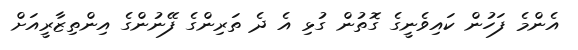
އެންމެ ފަހުން ކައިވެނީގެ ގޮތުން ގުޅި އެ ދެ ތަރިންގެ ފޭނުންގެ އިންތިޒާރީއަށް